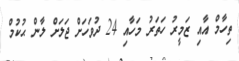
ތިހާމް އާއި ޒަމީރު ހަތަރު މަހާއި 24 ދުވަހަށް ޖަލަށް ލާން ޙުކުމް